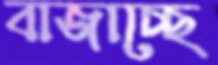
বাজাচ্ছে